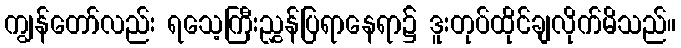
ကျွန်တော်လည်း ရသေ့ကြီးညွှန်ပြရာနေရာ၌ ဒူးတုပ်ထိုင်ချလိုက်မိသည်။